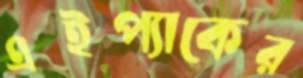
এইপ্যাকের